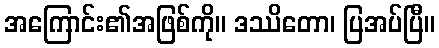
အကြောင်း၏အဖြစ်ကို။ ဒဿိတော၊ ပြအပ်ပြီ။